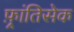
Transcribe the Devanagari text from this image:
फ़्रांतिसेक